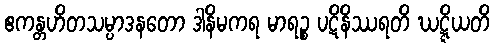
ဧကန္တဟိတသမ္ပာဒနတော ဒါနိမကရ မာရဉ္စ ပဋိနိဿရတိ ဃဋ္ဋိယတိ